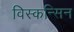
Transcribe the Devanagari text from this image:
विस्कन्सिन